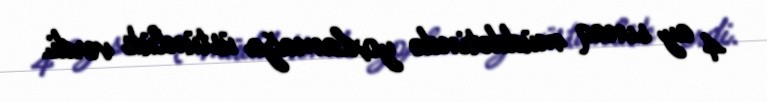
4 ay sınaq müddətində yoxlamağa üstünlük verdi.